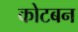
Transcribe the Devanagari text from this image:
कोटबन